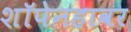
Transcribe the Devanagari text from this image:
शॉपेनहावर